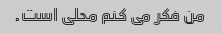
من فکر می کنم محلی است.